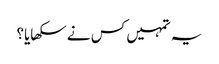
یہ تمہیں کس نے سکھایا؟